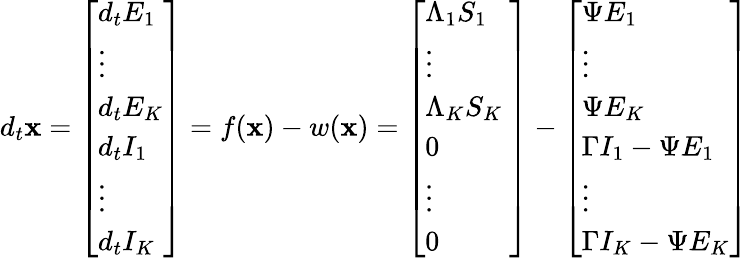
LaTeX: d_{t}\mathbf{x}=\left[\begin{array}{l}{d_{t}E_{1}}\\ {\vdots}\\ {d_{t}E_{K}}\\ {d_{t}I_{1}}\\ {\vdots}\\ {d_{t}I_{K}}\end{array}\right]=f(\mathbf{x})-w(\mathbf{x})=\left[\begin{array}{l}{\Lambda_{1}S_{1}}\\ {\vdots}\\ {\Lambda_{K}S_{K}\ }\\ {0}\\ {\vdots}\\ {0}\end{array}\right]-\left[\begin{array}{l}{\Psi E_{1}}\\ {\vdots}\\ {\Psi E_{K}}\\ {\Gamma I_{1}-\Psi E_{1}}\\ {\vdots}\\ {\Gamma I_{K}-\Psi E_{K}}\end{array}\right]